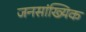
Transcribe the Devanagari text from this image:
जनसांख्यिक